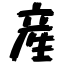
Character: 産